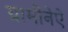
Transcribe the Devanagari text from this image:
ग्रामीनेऐ